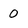
Character: 0